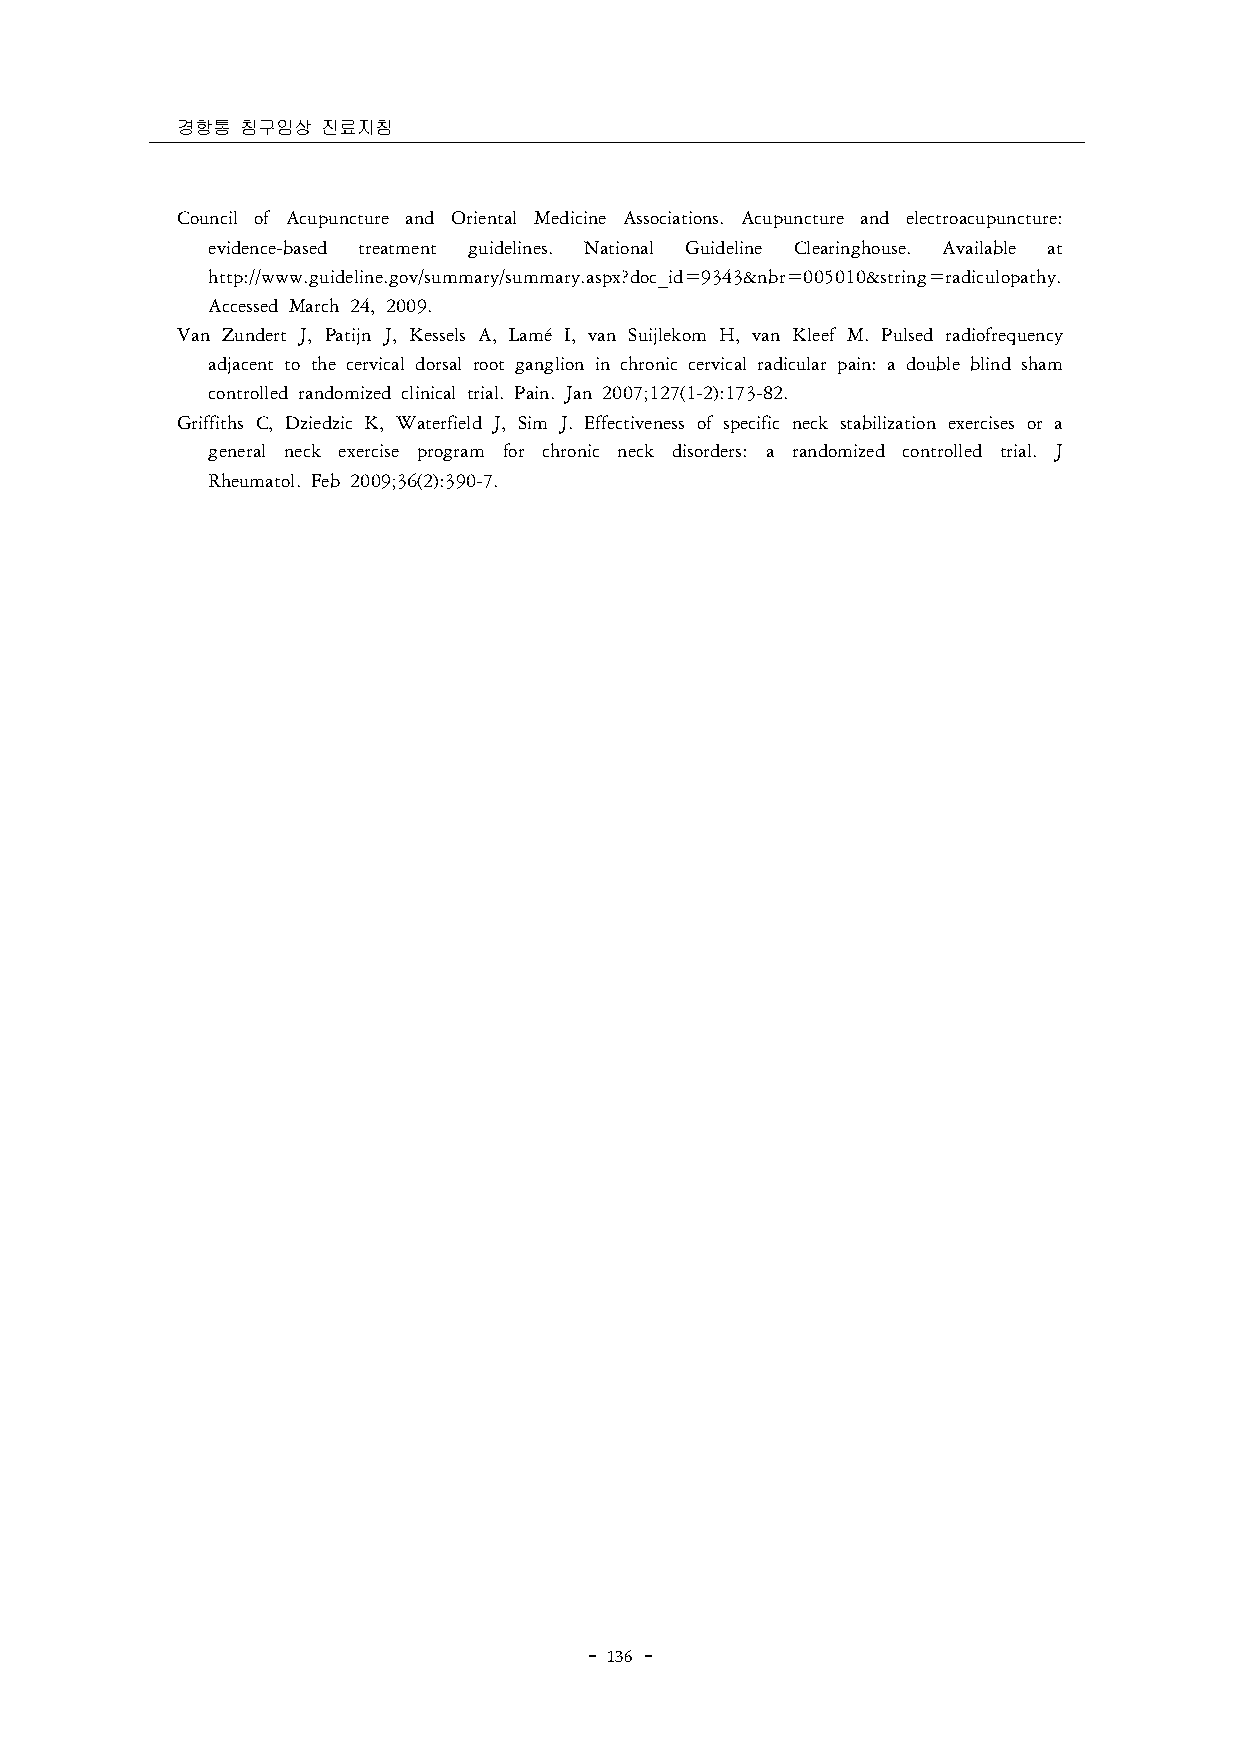
경항통 침구임상 진료지침
 Council of Acupuncture and Oriental Medicine Associations. Acupuncture and electroacupuncture:
 evidence-based treatment guidelines. National Guideline Clearinghouse. Available at
 http://www.guideline.gov/summary/summary.aspx?doc_id=9343&nbr=005010&string=radiculopathy.
 Accessed March 24, 2009.
 Van Zundert J, Patijn J, Kessels A, Lamé I, van Suijlekom H, van Kleef M. Pulsed radiofrequency
 adjacent to the cervical dorsal root ganglion in chronic cervical radicular pain: a double blind sham
 controlled randomized clinical trial. Pain. Jan 2007;127(1-2):173-82.
 Griffiths C, Dziedzic K, Waterfield J, Sim J. Effectiveness of specific neck stabilization exercises or a
 general neck exercise program for chronic neck disorders: a randomized controlled trial. J
 Rheumatol. Feb 2009;36(2):390-7.
 － 136 －